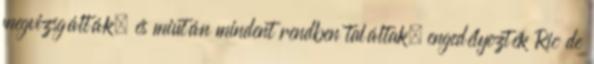
megvizsgálták, és miután mindent rendben találtak, engedélyezték Rio de